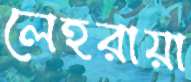
লেহরায়া